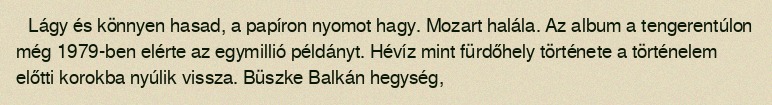
Lágy és könnyen hasad, a papíron nyomot hagy. Mozart halála. Az album a tengerentúlon még 1979-ben elérte az egymillió példányt. Hévíz mint fürdőhely története a történelem előtti korokba nyúlik vissza. Büszke Balkán hegység,